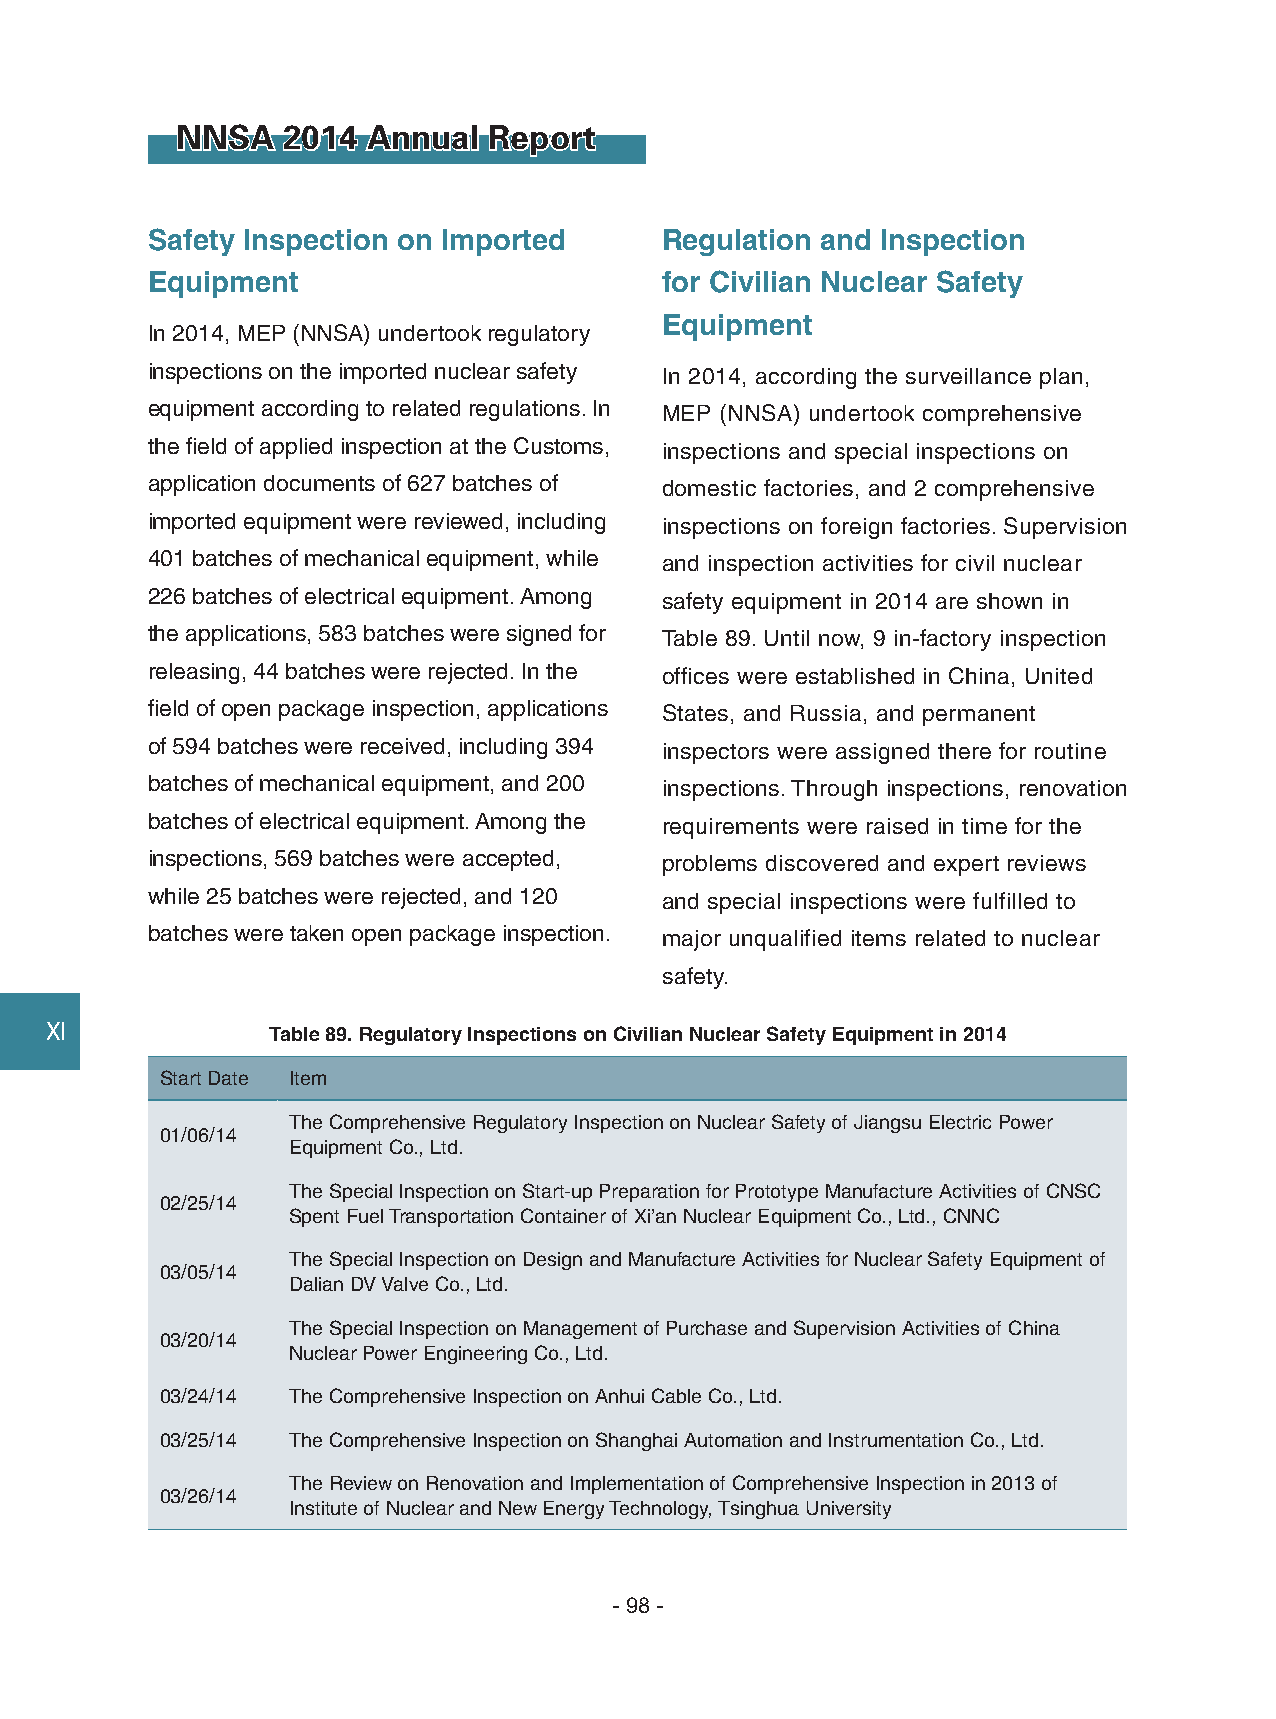
NNSA   2014 Annual  Report
 Safety Inspection on Imported     Regulation and Inspection
 Equipment                         for Civilian Nuclear Safety
 Equipment
 In 2014, MEP (NNSA) undertook regulatory
 inspections on the imported nuclear safety In 2014, according the surveillance plan,
 equipment according to related regulations. In MEP (NNSA) undertook comprehensive
 the field of applied inspection at the Customs, inspections and special inspections on
 application documents of 627 batches of domestic factories, and 2 comprehensive
 imported equipment were reviewed, including inspections on foreign factories. Supervision
 401 batches of mechanical equipment, while and inspection activities for civil nuclear
 226 batches of electrical equipment. Among safety equipment in 2014 are shown in
 the applications, 583 batches were signed for Table 89. Until now, 9 in-factory inspection
 releasing, 44 batches were rejected. In the offices were established in China, United
 field of open package inspection, applications States, and Russia, and permanent
 of 594 batches were received, including 394 inspectors were assigned there for routine
 batches of mechanical equipment, and 200 inspections. Through inspections, renovation
 batches of electrical equipment. Among the requirements were raised in time for the
 inspections, 569 batches were accepted, problems discovered and expert reviews
 while 25 batches were rejected, and 120 and special inspections were fulfilled to
 batches were taken open package inspection. major unqualified items related to nuclear
 safety.
 Ⅺ              Table 89. Regulatory Inspections on Civilian Nuclear Safety Equipment in 2014
 Start Date Item
 The Comprehensive Regulatory Inspection on Nuclear Safety of Jiangsu Electric Power
 01/06/14
 Equipment Co., Ltd.
 The Special Inspection on Start-up Preparation for Prototype Manufacture Activities of CNSC
 02/25/14
 Spent Fuel Transportation Container of Xi’an Nuclear Equipment Co., Ltd., CNNC
 The Special Inspection on Design and Manufacture Activities for Nuclear Safety Equipment of
 03/05/14
 Dalian DV Valve Co., Ltd.
 The Special Inspection on Management of Purchase and Supervision Activities of China
 03/20/14
 Nuclear Power Engineering Co., Ltd.
 03/24/14 The Comprehensive Inspection on Anhui Cable Co., Ltd.
 03/25/14 The Comprehensive Inspection on Shanghai Automation and Instrumentation Co., Ltd.
 The Review on Renovation and Implementation of Comprehensive Inspection in 2013 of
 03/26/14
 Institute of Nuclear and New Energy Technology, Tsinghua University
 - 98 -